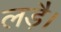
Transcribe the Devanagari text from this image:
लड़ै।